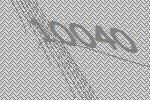
10040